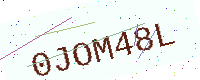
Text: 0JOM48L